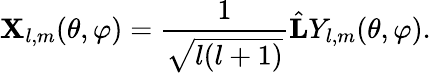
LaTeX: \mathbf{X}_{l,m}(\theta,\varphi)=\frac{1}{\sqrt{l(l+1)}}\hat{\mathbf{L}}Y_{l,m}(\theta,\varphi).